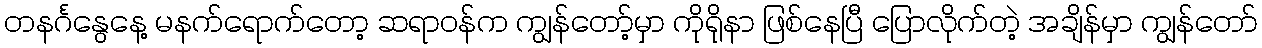
တနင်္ဂနွေနေ့ မနက်ရောက်တော့ ဆရာဝန်က ကျွန်တော့်မှာ ကိုရိုနာ ဖြစ်နေပြီ ပြောလိုက်တဲ့ အချိန်မှာ ကျွန်တော်